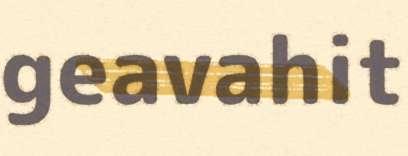
geavahit